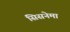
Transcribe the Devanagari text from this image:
सिसनेमा